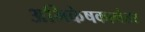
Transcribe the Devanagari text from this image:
अभिकेषकानंतर